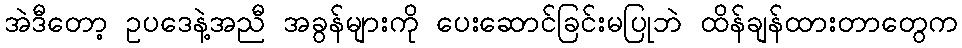
အဲဒီတော့ ဥပဒေနဲ့အညီ အခွန်များကို ပေးဆောင်ခြင်းမပြုဘဲ ထိန်ချန်ထားတာတွေက